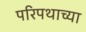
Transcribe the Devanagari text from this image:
परिपथाच्या